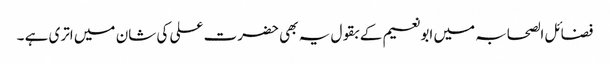
فضائل الصحابہ میں ابونعیم کے بقول یہ بھی حضرت علی کی شان میں اتری ہے ۔